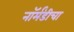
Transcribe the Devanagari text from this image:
नॉर्मंडीचा